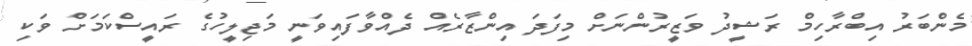
މެންބަރު އިބްރާހިމް ރަޝީދު ވަޒީރުންނަށް މިފަދަ އިންޒާރެއް ދެއްވާފައިވަނީ މަޖިލީހުގެ ރައީސްކަމަށް ވަކި